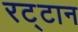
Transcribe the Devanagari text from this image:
रट्टान